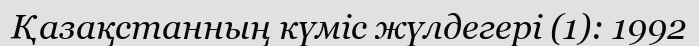
Қазақстанның күміс жүлдегері (1): 1992